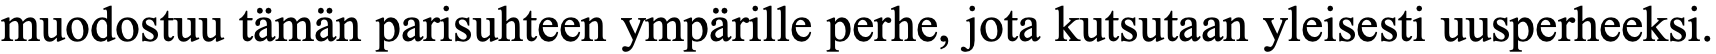
muodostuu tämän parisuhteen ympärille perhe, jota kutsutaan yleisesti uusperheeksi.